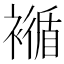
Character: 𧝩